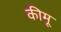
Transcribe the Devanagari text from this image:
कीमू